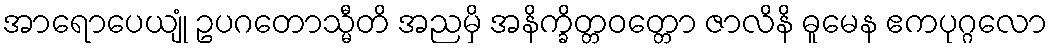
အာရောပေယျုံ ဥပဂတောသ္မီတိ အညမှိ အနိက္ခိတ္တဝတ္တော ဇာလိနိ ဓူမေန ဧကပုဂ္ဂလော